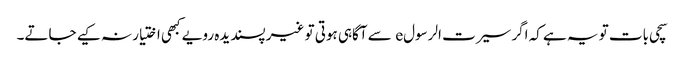
سچی بات تو یہ ہے کہ اگر سیرت الرسولe سے آگاہی ہوتی تو غیر پسندیدہ رویے کبھی اختیار نہ کیے جاتے۔